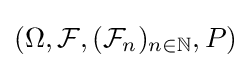
(\Omega ,{\mathcal {F}},({\mathcal {F}}_{n})_{n\in \mathbb {N} },P)